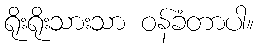
ရိုးရိုးသားသာ ဝန်ခံတာပါ။